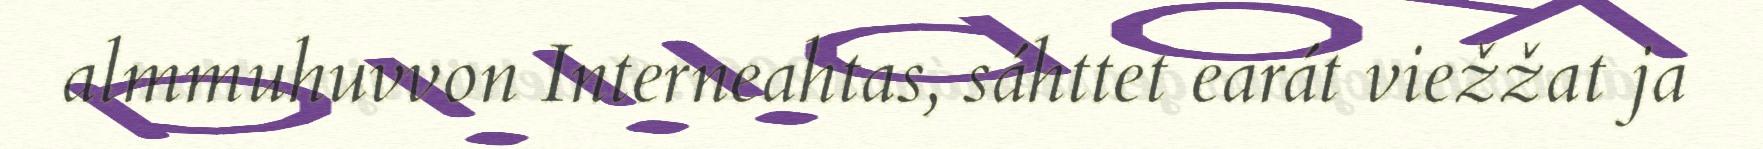
almmuhuvvon Interneahtas, sáhttet earát viežžat ja